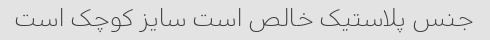
جنس پلاستیک خالص است سایز کوچک است